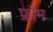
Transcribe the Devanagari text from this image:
फ्रौम